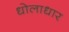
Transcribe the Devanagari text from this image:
धोलाधार